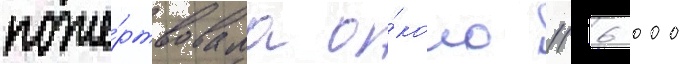
поже́ртвовала о́коло 116 000